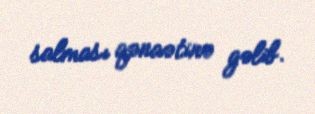
salması qənaətinə gəlib.